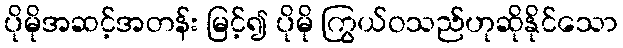
ပိုမိုအဆင့်အတန်း မြင့်၍ ပိုမို ကြွယ်ဝသည်ဟုဆိုနိုင်သော